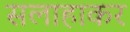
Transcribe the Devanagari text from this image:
सलाहाकर